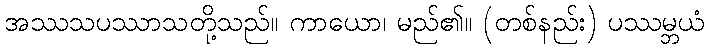
အဿသပဿာသတို့သည်။ ကာယော၊ မည်၏။ (တစ်နည်း) ပဿမ္ဘယံ